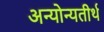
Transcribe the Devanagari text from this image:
अन्योन्यतीर्थ